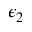
\epsilon _ { 2 }